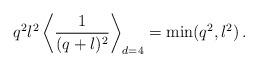
LaTeX: \begin{align*}q^2l^2\left\langle{1\over(q+l)^2}\right\rangle_{d=4}=\min(q^2,l^2)\,.\end{align*}